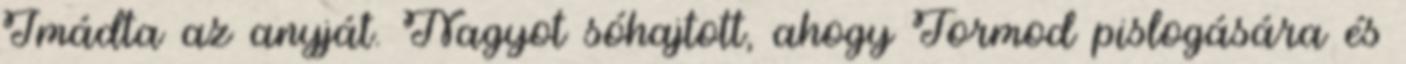
Imádta az anyját. Nagyot sóhajtott, ahogy Tormod pislogására és